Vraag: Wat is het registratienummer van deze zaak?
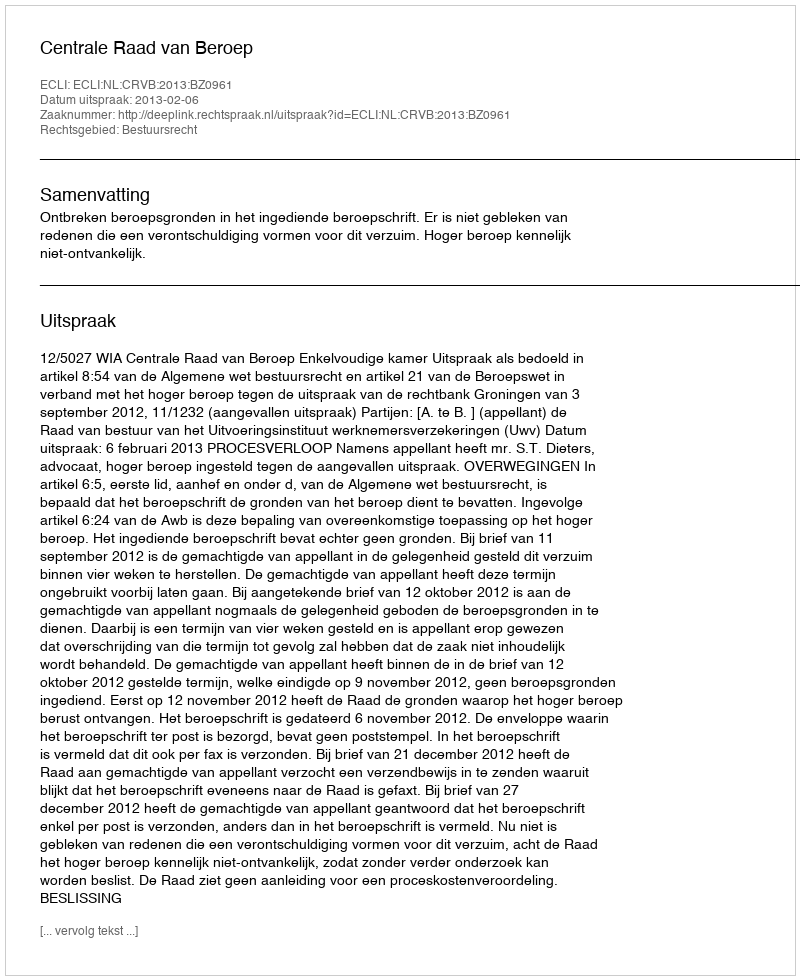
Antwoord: http://deeplink.rechtspraak.nl/uitspraak?id=ECLI:NL:CRVB:2013:BZ0961